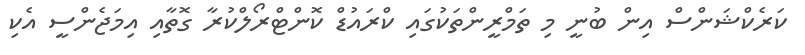
ކަރެކްޝަންސް އިން ބުނީ މި ތަމްރީންތަކުގައި ކްރައުޑް ކޮންޓްރޯލްކުރާ ގޮތާއި އިމަޖެންސީ އެކި